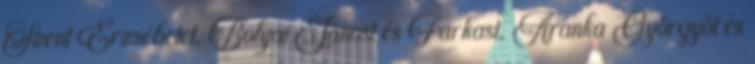
Szent Erzsébetet, Bolyai Jánost és Farkast, Aranka Györgyöt és